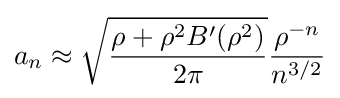
a_{n}\approx {\sqrt {\frac {\rho +\rho ^{2}B'(\rho ^{2})}{2\pi }}}{\frac {\rho ^{-n}}{n^{3/2}}}